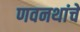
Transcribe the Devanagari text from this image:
णवनथांचे